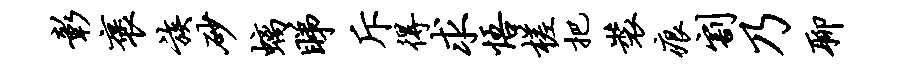
彰褒族砂螭睇斥得求悟槎把装痕割乃聊